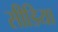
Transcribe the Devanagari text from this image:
सीडिया